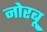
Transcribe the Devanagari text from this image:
नोरबू